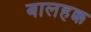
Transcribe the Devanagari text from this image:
बालहक्क